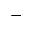
-